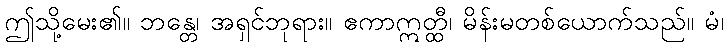
ဤသို့မေး၏။ ဘန္တေ၊ အရှင်ဘုရား။ ဧကာဣတ္ထီ၊ မိန်းမတစ်ယောက်သည်။ မံ၊